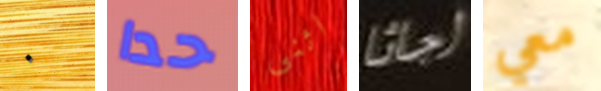
٠ حدا اثنى اجاثا معي